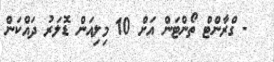
- ގްރާންޓް ތޯންޓަން އަށް 10 މިލިއަން ޑޮލަރު ދައްކަން